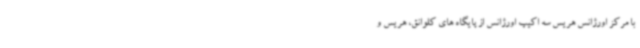
با مرکز اورژانس هریس سه اکیپ اورژانس از پایگاه های کلوانق، هریس و